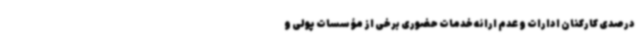
درصدی کارکنان ادارات و عدم ارائه خدمات حضوری برخی از مؤسسات پولی و